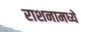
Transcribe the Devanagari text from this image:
राशनामध्ये